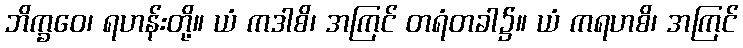
ဘိက္ခဝေ၊ ရဟန်းတို့။ ယံ ကဒါစိ၊ အကြင် တရံတခါ၌။ ယံ ကရဟစိ၊ အကြင်